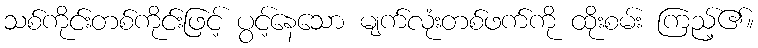
သစ်ကိုင်းတစ်ကိုင်းဖြင့် ပွင့်နေသော မျက်လုံးတစ်ဖက်ကို ထိုးစမ်း ကြည့်၏။